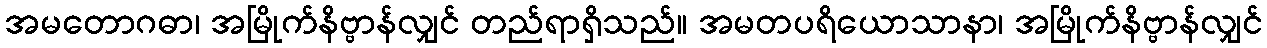
အမတောဂဓာ၊ အမြိုက်နိဗ္ဗာန်လျှင် တည်ရာရှိသည်။ အမတပရိယောသာနာ၊ အမြိုက်နိဗ္ဗာန်လျှင်